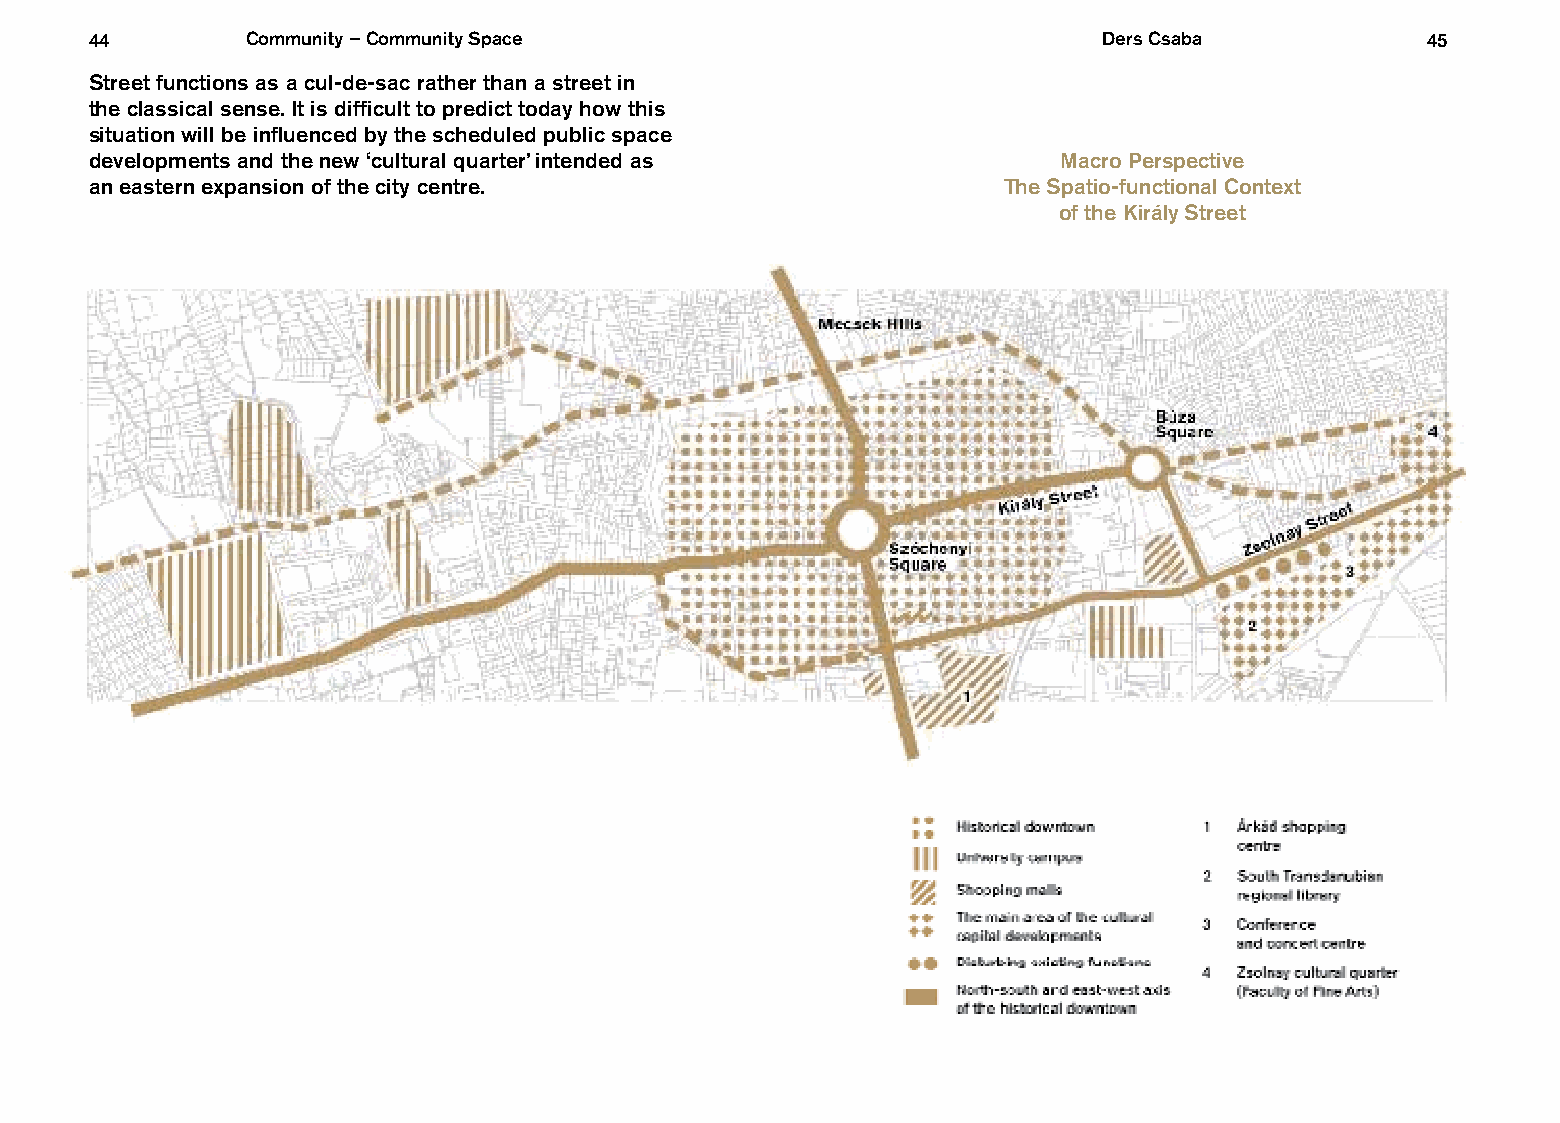
44        Community – Community Space                              Ders Csaba           45
 Street functions as a cul-de-sac rather than a street in
 the classical sense. It is difficult to predict today how this
 situation will be influenced by the scheduled public space
 developments and the new ‘cultural quarter’ intended as         Macro Perspective
 an eastern expansion of the city centre.                    The Spatio-functional Context
 of the Király Street